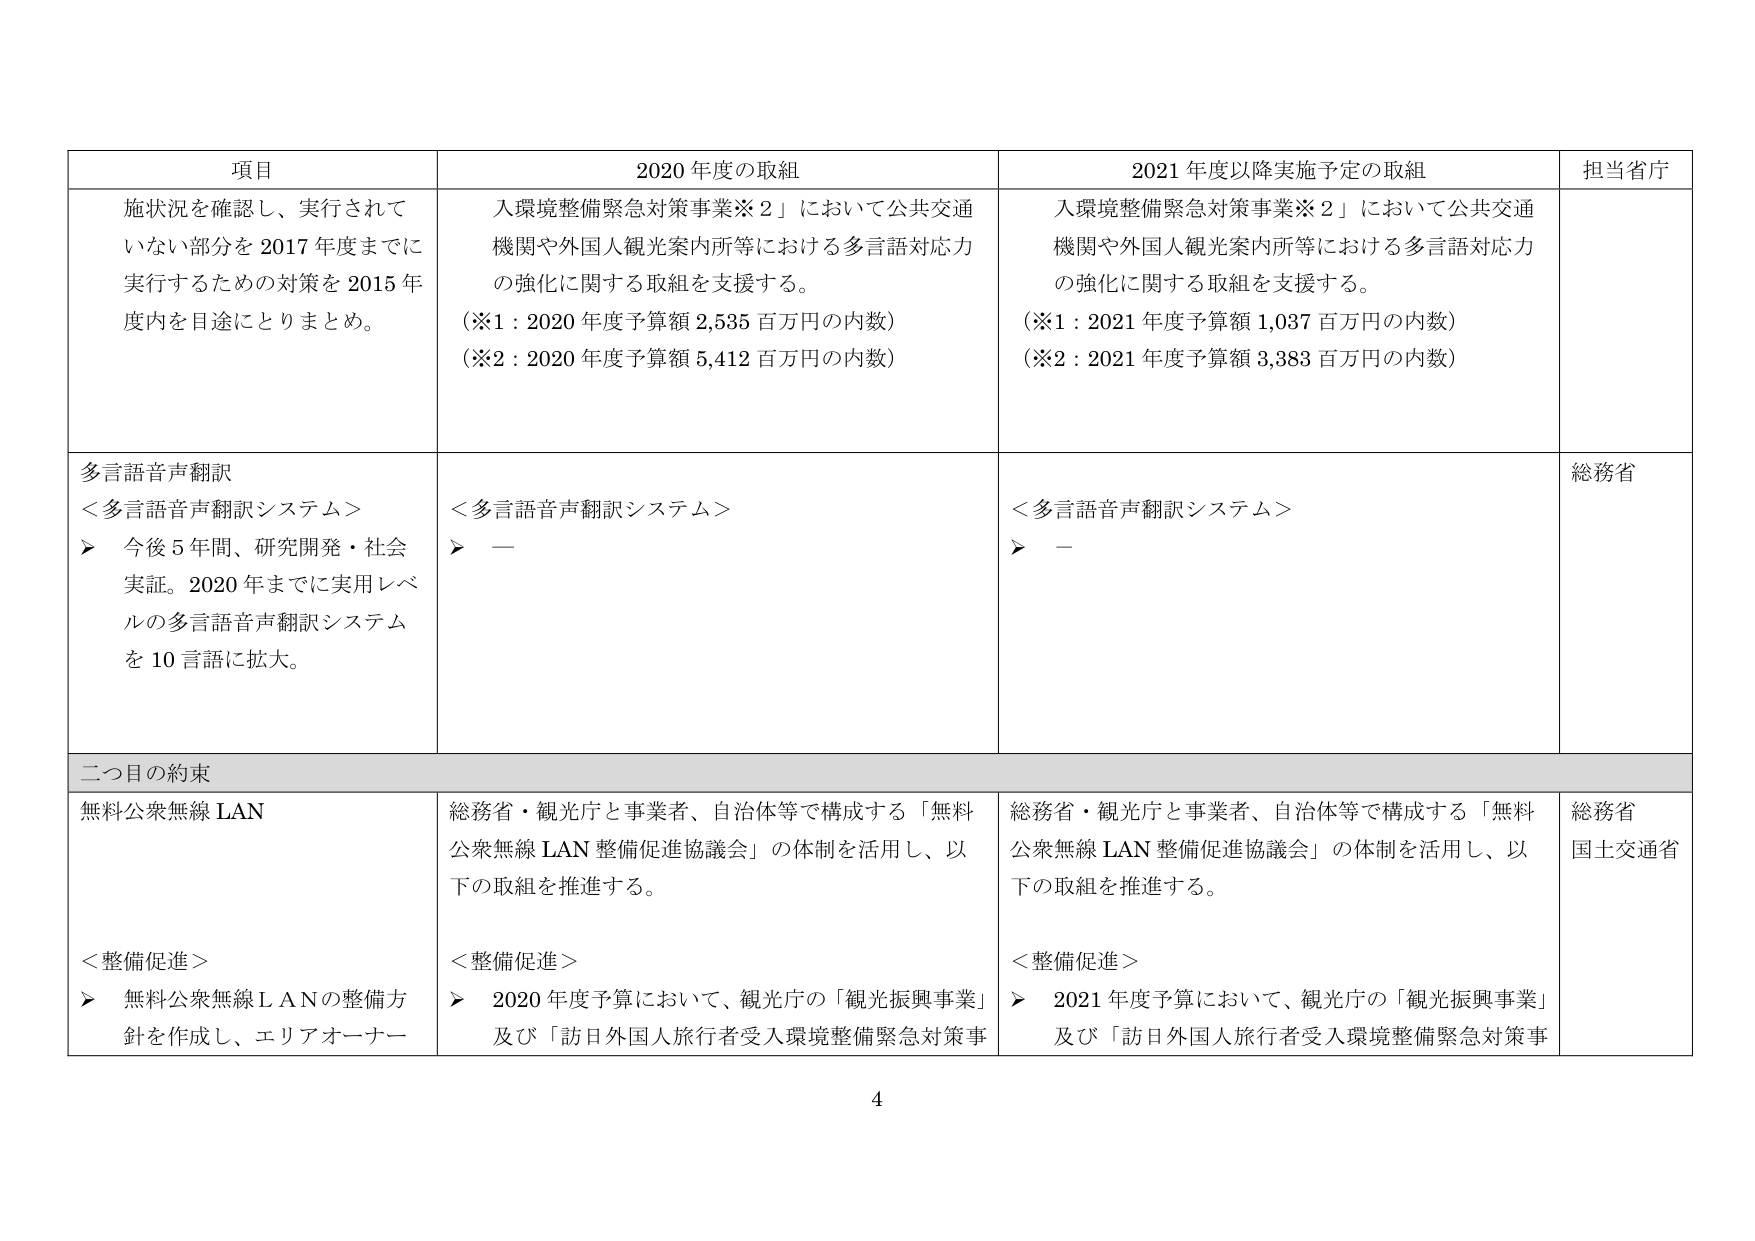
項目 2020年度の取組 2021年度以降実施予定の取組 担当省庁
施状況を確認し、実行されて いない部分を 2017年度までに 実行するための対策を 2015年 度内を目途にとりまとめ。 入環境整備緊急対策事業※2」において公共交通 機関や外国人観光案内所等における多言語対応力 の強化に関する取組を支援する。 （※1：2020年度予算額 2,535百万円の内数） （※2：2020年度予算額 5,412百万円の内数） 入環境整備緊急対策事業※2」において公共交通 機関や外国人観光案内所等における多言語対応力 の強化に関する取組を支援する。 （※1：2021年度予算額 1,037百万円の内数） （※2：2021年度予算額 3,383百万円の内数）
多言語音声翻訳 ＜多言語音声翻訳システム＞ ▶ 今後5年間、研究開発・社会 実証。2020年までに実用レベ ルの多言語音声翻訳システム を10言語に拡大。 ＜多言語音声翻訳システム＞ ▶ — ＜多言語音声翻訳システム＞ ▶ — 総務省
二つ目の約束
無料公衆無線LAN 総務省・観光庁と事業者、自治体等で構成する「無料 公衆無線LAN整備促進協議会」の体制を活用し、以 下の取組を推進する。 総務省・観光庁と事業者、自治体等で構成する「無料 公衆無線LAN整備促進協議会」の体制を活用し、以 下の取組を推進する。 総務省 国土交通省
＜整備促進＞ ▶ 無料公衆無線LANの整備方 針を作成し、エリアオーナー ＜整備促進＞ ▶ 2020年度予算において、観光庁の「観光振興事業」 及び「訪日外国人旅行者受入環境整備緊急対策事 ＜整備促進＞ ▶ 2021年度予算において、観光庁の「観光振興事業」 及び「訪日外国人旅行者受入環境整備緊急対策事
4